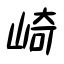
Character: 崎